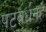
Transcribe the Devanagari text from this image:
पटवर्धनहे